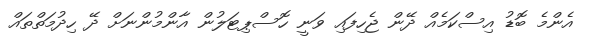
އެންމެ ބޮޑު އިސްކަމެއް ދޭން ޖެހިފައި ވަނީ ހޮސްޕިޓަލުން އާންމުންނަށް ދޭ ހިދުމަތްތައް